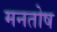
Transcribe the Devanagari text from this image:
मनतोष